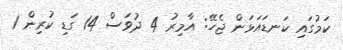
ކަމުގައި ކަނޑައަޅަން ޖެހޭ: އާމިރު 4 ދުވަސް 14 ގަޑި ކުރިން 1